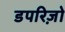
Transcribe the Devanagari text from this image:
डपरिज़ो